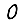
Digit: 0